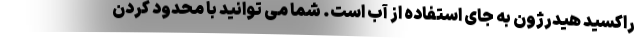
راکسید هیدرژون به جای استفاده از آب است. شما می توانید با محدود کردن